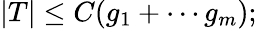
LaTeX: |T|\leq C(g_{1}+\cdots g_{m});